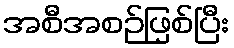
အစီအစဉ်ဖြစ်ပြီး